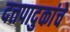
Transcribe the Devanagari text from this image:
दत्तपादुकांचे